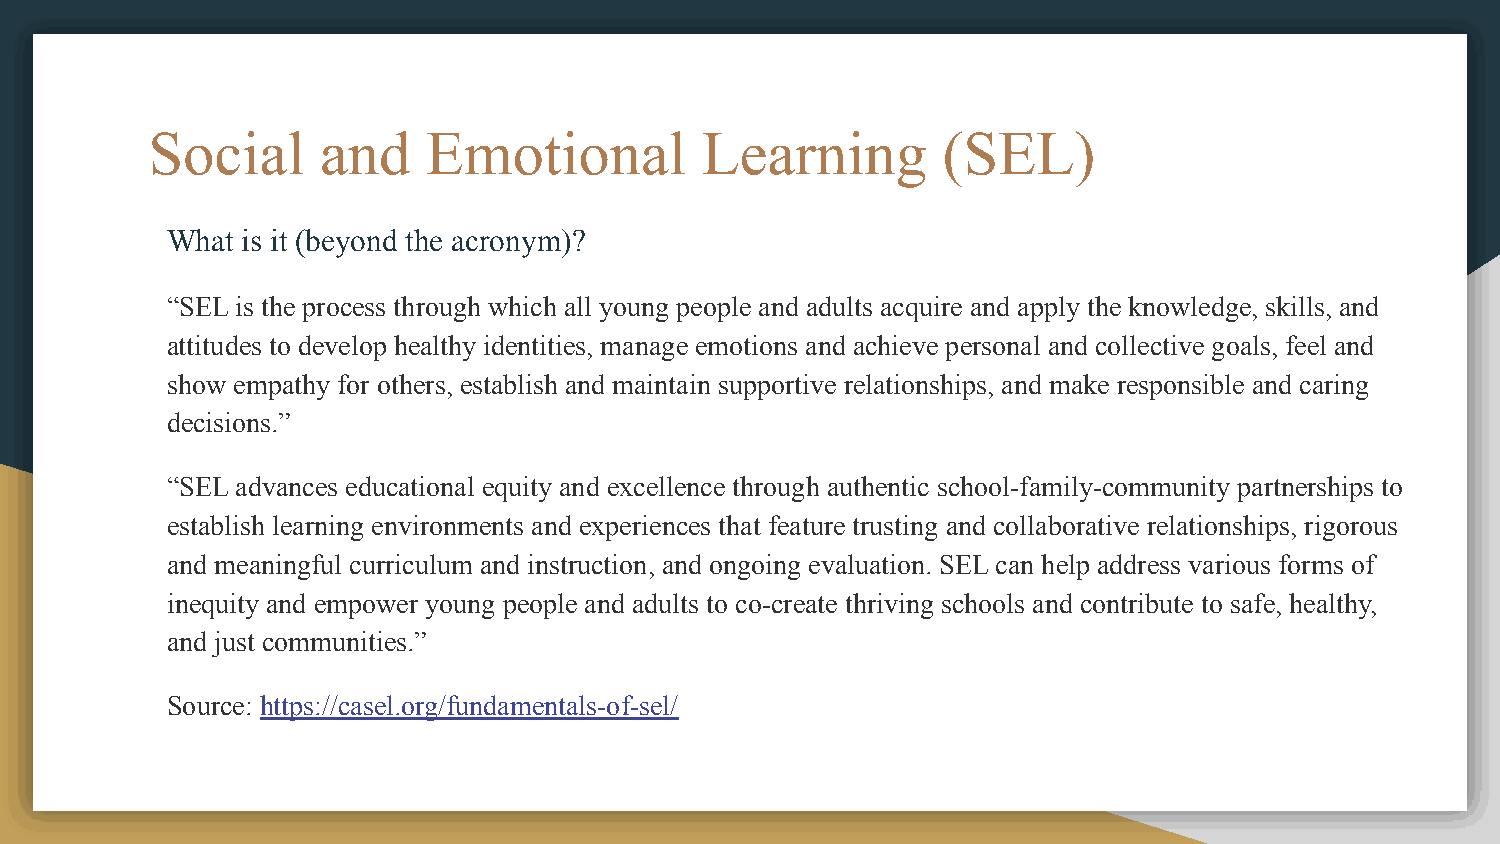
Social     and    Emotional         Learning        (SEL)
 What is it (beyond the acronym)?
 “SEL is the process through which all young people and adults acquire and apply the knowledge, skills, and
 attitudes to develop healthy identities, manage emotions and achieve personal and collective goals, feel and
 show empathy for others, establish and maintain supportive relationships, and make responsible and caring
 decisions.”
 “SEL advances educational equity and excellence through authentic school-family-community partnerships to
 establish learning environments and experiences that feature trusting and collaborative relationships, rigorous
 and meaningful curriculum and instruction, and ongoing evaluation. SEL can help address various forms of
 inequity and empower young people and adults to co-create thriving schools and contribute to safe, healthy,
 and just communities.”
 Source: https://casel.org/fundamentals-of-sel/